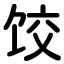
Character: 饺